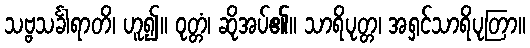
သဗ္ဗသင်္ခါရာတိ၊ ဟူ၍။ ဝုတ္တံ၊ ဆိုအပ်၏။ သာရိပုတ္တ၊ အရှင်သာရိပုတြာ။